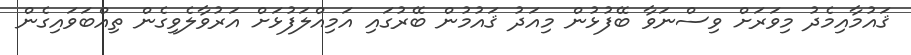
ޤައުމާއިމެދު މިވަރަށް ވިސްނަވާ ބޭފުޅުން މިއަދު ޤައުމުން ބޭރުގައި އަމިއްލަފުޅަށް އަރުވާލެވިގެން ތިއްބަވައިގެން